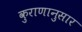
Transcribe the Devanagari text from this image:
कुराणानुसार